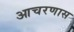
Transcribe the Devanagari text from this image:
आचरणास